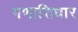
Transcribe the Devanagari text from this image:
गणासिधार